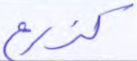
كزرع